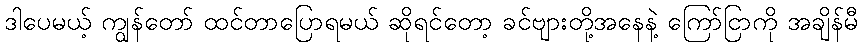
ဒါပေမယ့် ကျွန်တော် ထင်တာပြောရမယ် ဆိုရင်တော့ ခင်ဗျားတို့အနေနဲ့ ကြော်ငြာကို အချိန်မီ